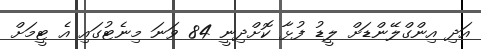
އަދި އިންގްލޭންޑަށް ލީޑު ފުޅާ ކޮށްދިނީ 84 ވަނަ މިނެޓުގައި އެ ޓީމަށް